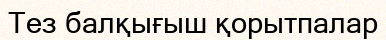
Тез балқығыш қорытпалар